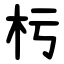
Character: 杇